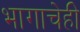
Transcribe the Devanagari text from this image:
भागाचेही